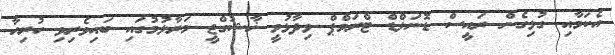
އެކަމާއި ގުޅިގެން ރައީސް ޑޮނަލްޑް ޓްރަމްޕް ވިދާޅުވީ ޚާޝުގްޖީ މަރާލުމުގައި ބައިވެރިވި ހުރިހާ